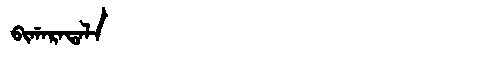
Manchu: ᠪᡳᡤᠠᡵᠠᡨᠠᠯᠠ
Romanization: BIGARATALA